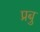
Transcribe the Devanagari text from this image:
प्रबु